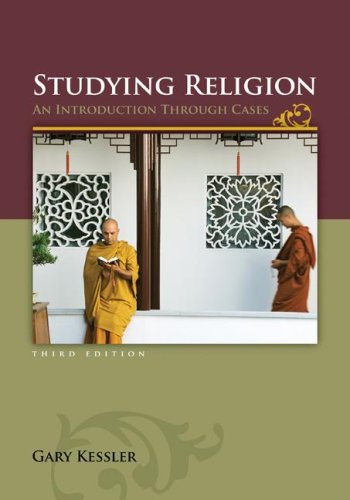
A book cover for Studying Religion: An Introduction Through Cases; Gary Kessler; Religion & Spirituality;